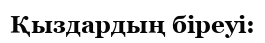
Қыздардың біреуі: